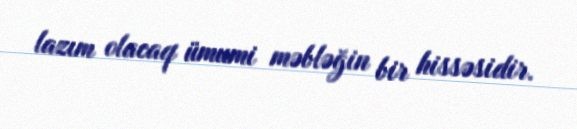
lazım olacaq ümumi məbləğin bir hissəsidir.